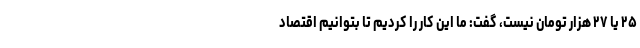
۲۵ یا ۲۷ هزار تومان نیست، گفت: ما این کار را کردیم تا بتوانیم اقتصاد